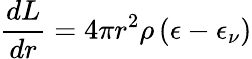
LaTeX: {\frac{dL}{dr}}=4\pi r^{2}\rho\left(\epsilon-\epsilon_{\nu}\right)